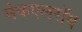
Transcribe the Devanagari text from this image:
मेकएलरॉय